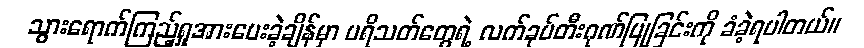
သွားရောက်ကြည့်ရှုအားပေးခဲ့ချိန်မှာ ပရိသတ်တွေရဲ့ လက်ခုပ်တီးဂုဏ်ပြုခြင်းကို ခံခဲ့ရပါတယ်။